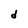
Character: d